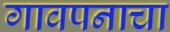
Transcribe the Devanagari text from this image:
गावपनाचा